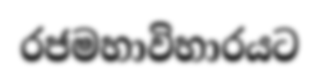
රජමහාවිහාරයට